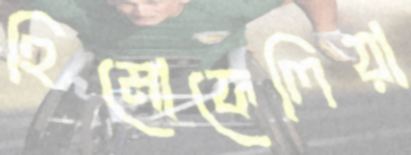
হিমোফেলিয়া